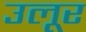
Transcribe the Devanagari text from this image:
उलूर